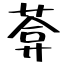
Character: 葊